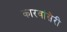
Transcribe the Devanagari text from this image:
कारवांसेरी